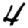
Digit: 4